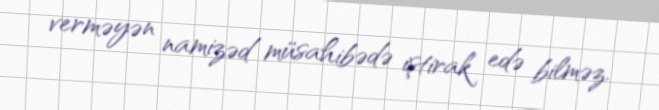
verməyən namizəd müsahibədə iştirak edə bilməz.